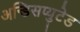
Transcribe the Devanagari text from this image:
अन्डिसप्युटेड